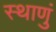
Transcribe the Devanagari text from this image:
स्थाणुं